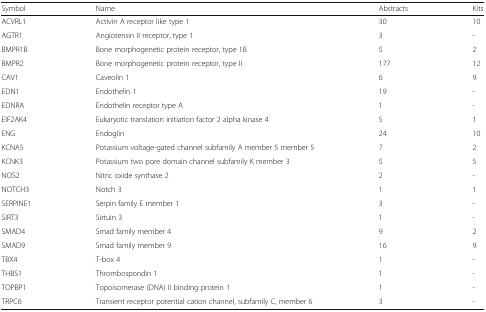
| Symbol | Name | Abstracts | Kits |
 | --- | --- | --- | --- |
 | ACVRL1 | Activin A receptor like type 1 | 30 | 10 |
 | AGTR1 | Angiotensin II receptor, type 1 | 3 | - |
 | BMPR1B | Bone morphogenetic protein receptor, type 1B | 5 | 2 |
 | BMPR2 | Bone morphogenetic protein receptor, type II | 177 | 12 |
 | CAV1 | Caveolin 1 | 6 | 9 |
 | EDN1 | Endothelin 1 | 19 | - |
 | EDNRA | Endothelin receptor type A | 1 | - |
 | EIF2AK4 | Eukaryotic translation initiation factor 2 alpha kinase 4 | 5 | 1 |
 | ENG | Endoglin | 24 | 10 |
 | KCNA5 | Potassium voltage-gated channel subfamily A member 5 member 5 | 7 | 2 |
 | KCNK3 | Potassium two pore domain channel subfamily K member 3 | 5 | 5 |
 | NOS2 | Nitric oxide synthase 2 | 2 | - |
 | NOTCH3 | Notch 3 | 1 | 1 |
 | SERPINE1 | Serpin family E member 1 | 3 | - |
 | SIRT3 | Sirtuin 3 | 1 | - |
 | SMAD4 | Smad family member 4 | 9 | 2 |
 | SMAD9 | Smad family member 9 | 16 | 9 |
 | TBX4 | T-box 4 | 1 | - |
 | THBS1 | Thrombospondin 1 | 1 | - |
 | TOPBP1 | Topoisomerase (DNA) II binding protein 1 | 1 | - |
 | TRPC6 | Transient receptor potential cation channel, subfamily C, member 6 | 3 | - |